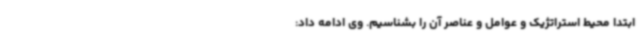
ابتدا محیط استراتژیک و عوامل و عناصر آن را بشناسیم. وی ادامه داد: